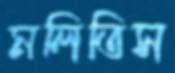
মলিতিস